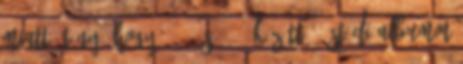
miatt. Tény, hogy 1999 és 2011 között 11 stúdióalbumot